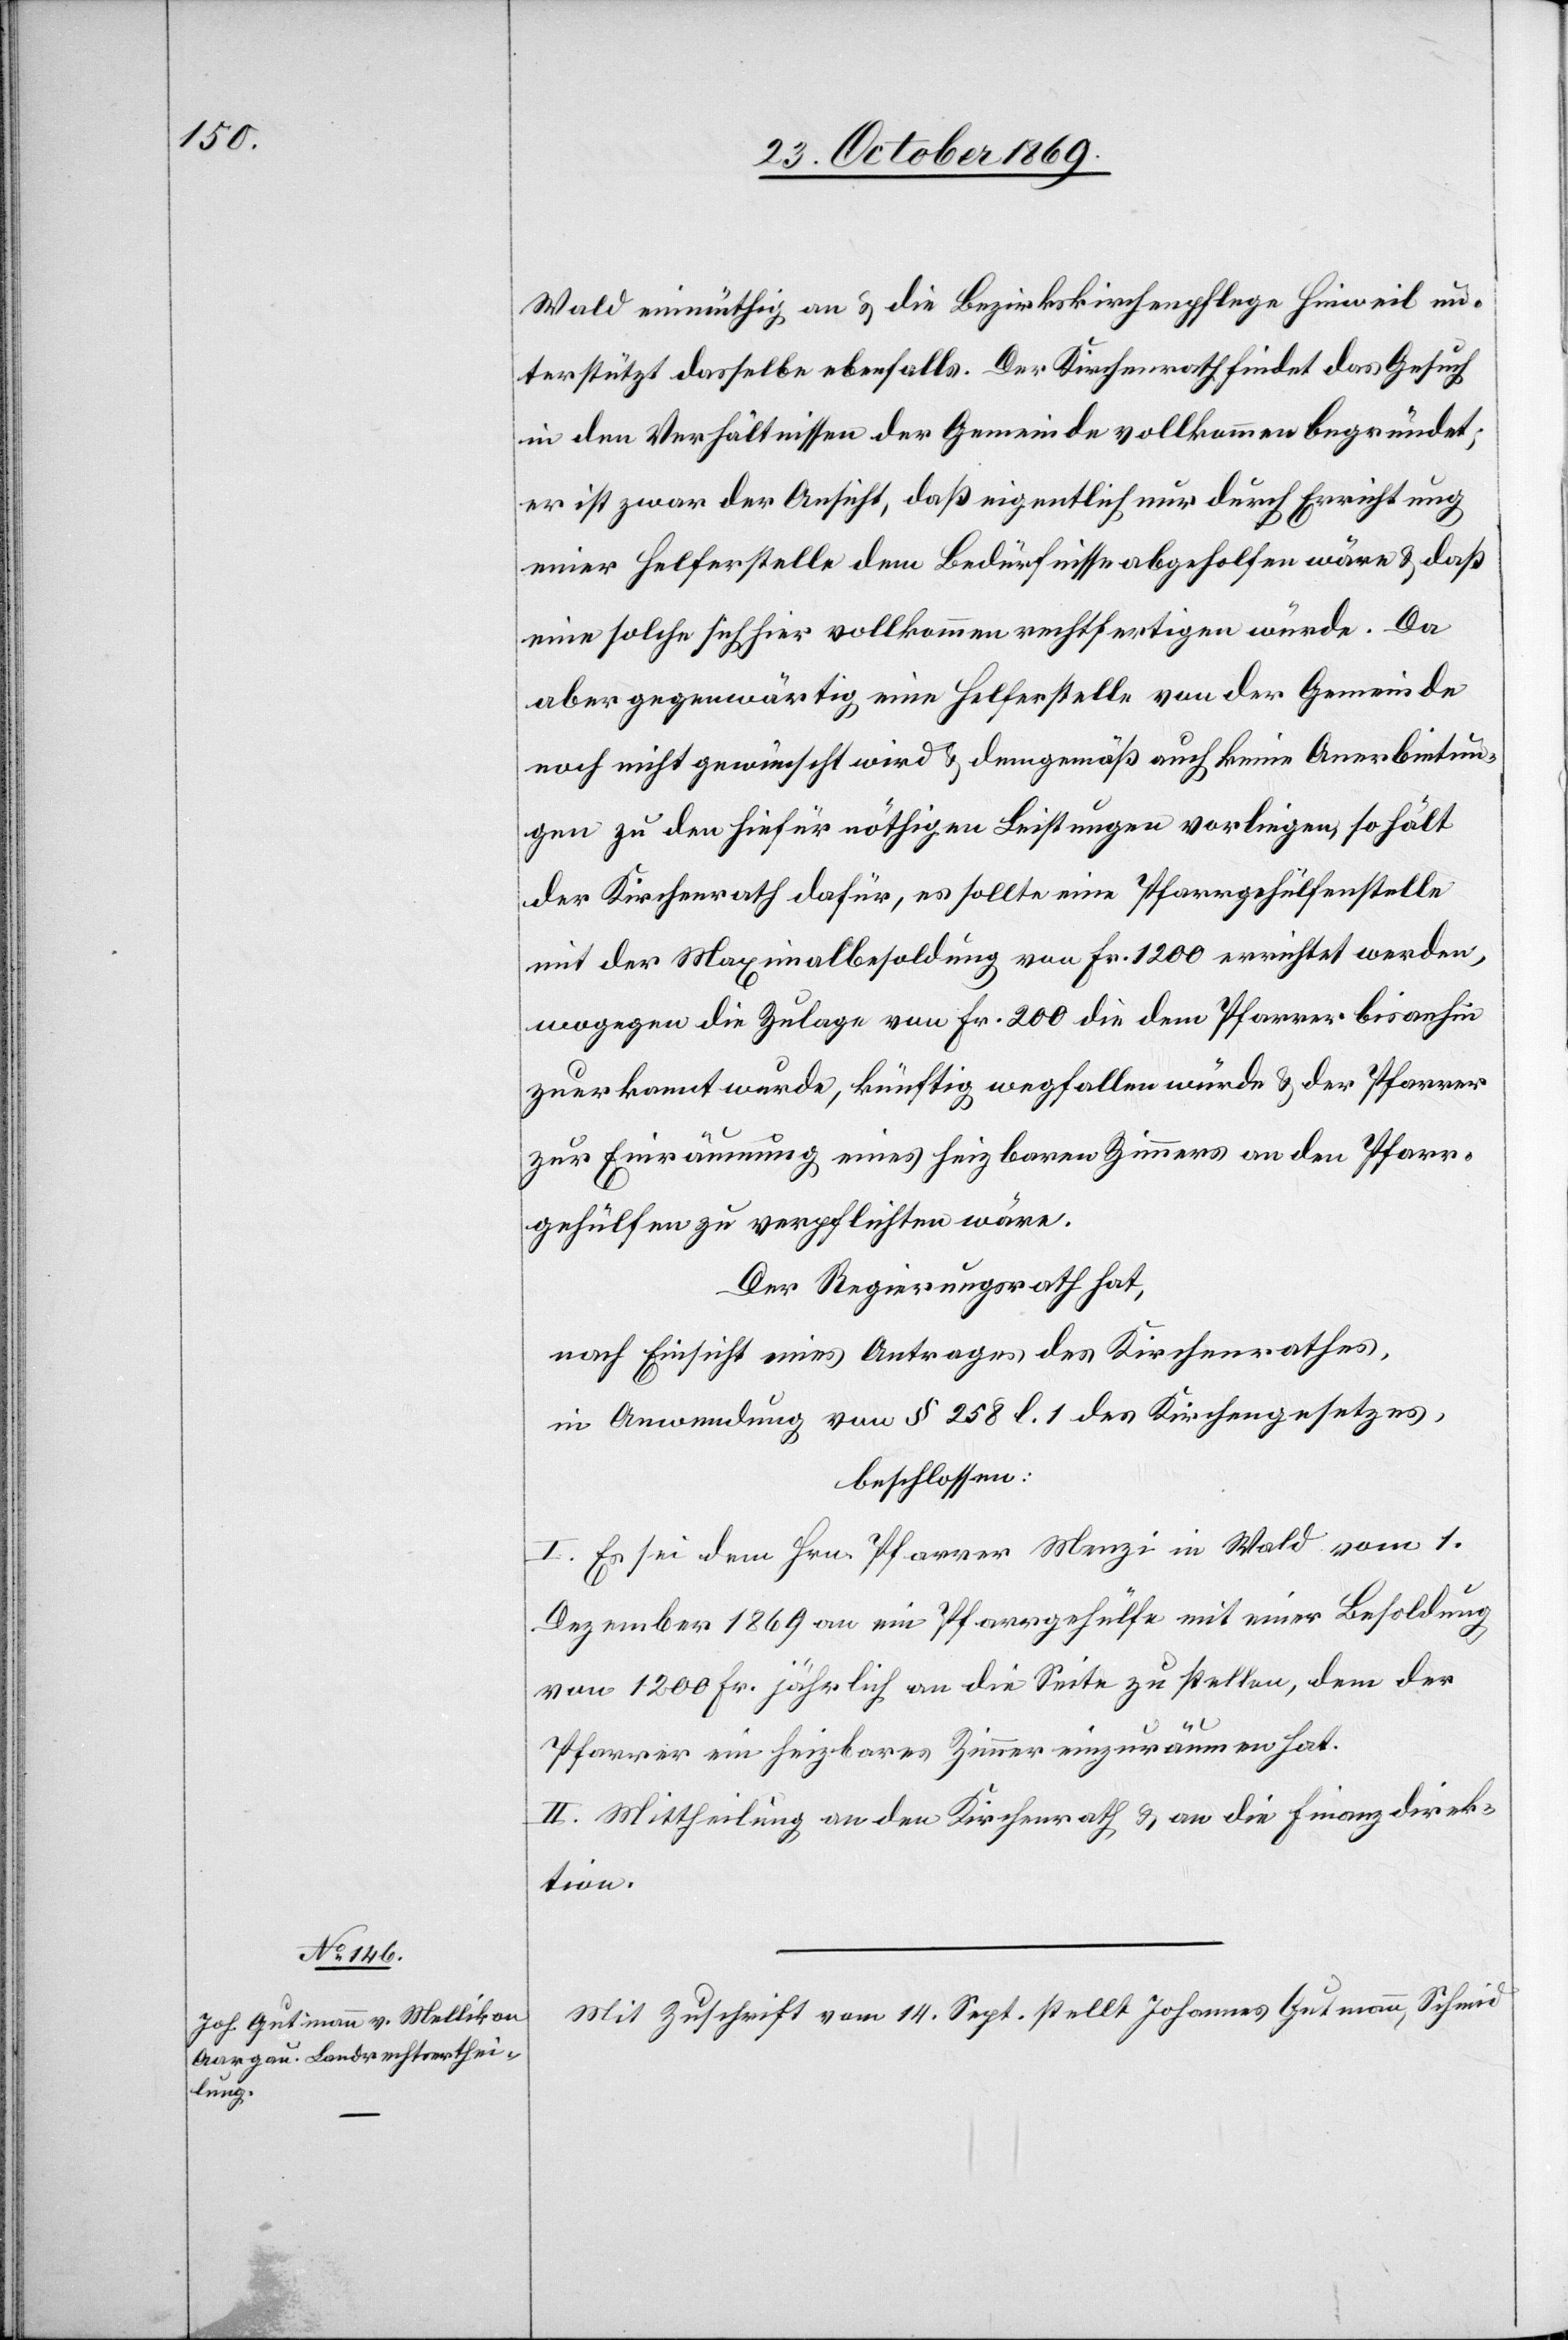
Wald einmüthig an & die Bezirkskirchenpflege Hinweil un¬
terstützt dasselbe ebenfalls. Der Kirchenrath findet das Gesuch
in den Verhältnissen der Gemeinde vollkommen begründet;
er ist zwar der Ansicht, daß eigentlich nur durch Errichtung
einer Helferstelle dem Bedürfnisse abgeholfen wäre & daß
eine solche sich hier vollkommen rechtfertigen würde. Da
aber gegenwärtig eine Helferstelle von der Gemeinde
noch nicht gewünscht wird & demgemäß auch keine Anerbietun¬
gen zu den hiefür nöthigen Leistungen vorliegen, so hält
der Kirchenrath dafür, es sollte eine Pfarrgehülfenstelle
mit der Maximalbesoldung von Fr. 1200 errichtet werden,
wogegen die Zulage von Fr. 200 die dem Pfarrer bisanhin
zuerkannt wurde, künftig wegfallen würde & der Pfarrer
zur Einräumung eines heizbaren Zimmers an den Pfarr¬
gehülfen zu verpflichten wäre.
Der Regierungsrath hat,
nach Einsicht eines Antrages des Kirchenrathes,
in Anwendung von § 258 l. 1 des Kirchengesetzes,
beschlossen:
I. Es sei dem Hrn. Pfarrer Menzi in Wald vom 1.
Dezember 1869 an ein Pfarrgehülfe mit einer Besoldung
von 1200 Fr. jährlich an die Seite zu stellen, dem der
Pfarrer ein heizbares Zimmer einzuräumen hat.
II. Mittheilung an den Kirchenrath & an die Finanzdirek¬
tion.
Mit Zuschrift vom 14. Sept. stellt Johannes Gutmann, Schmid